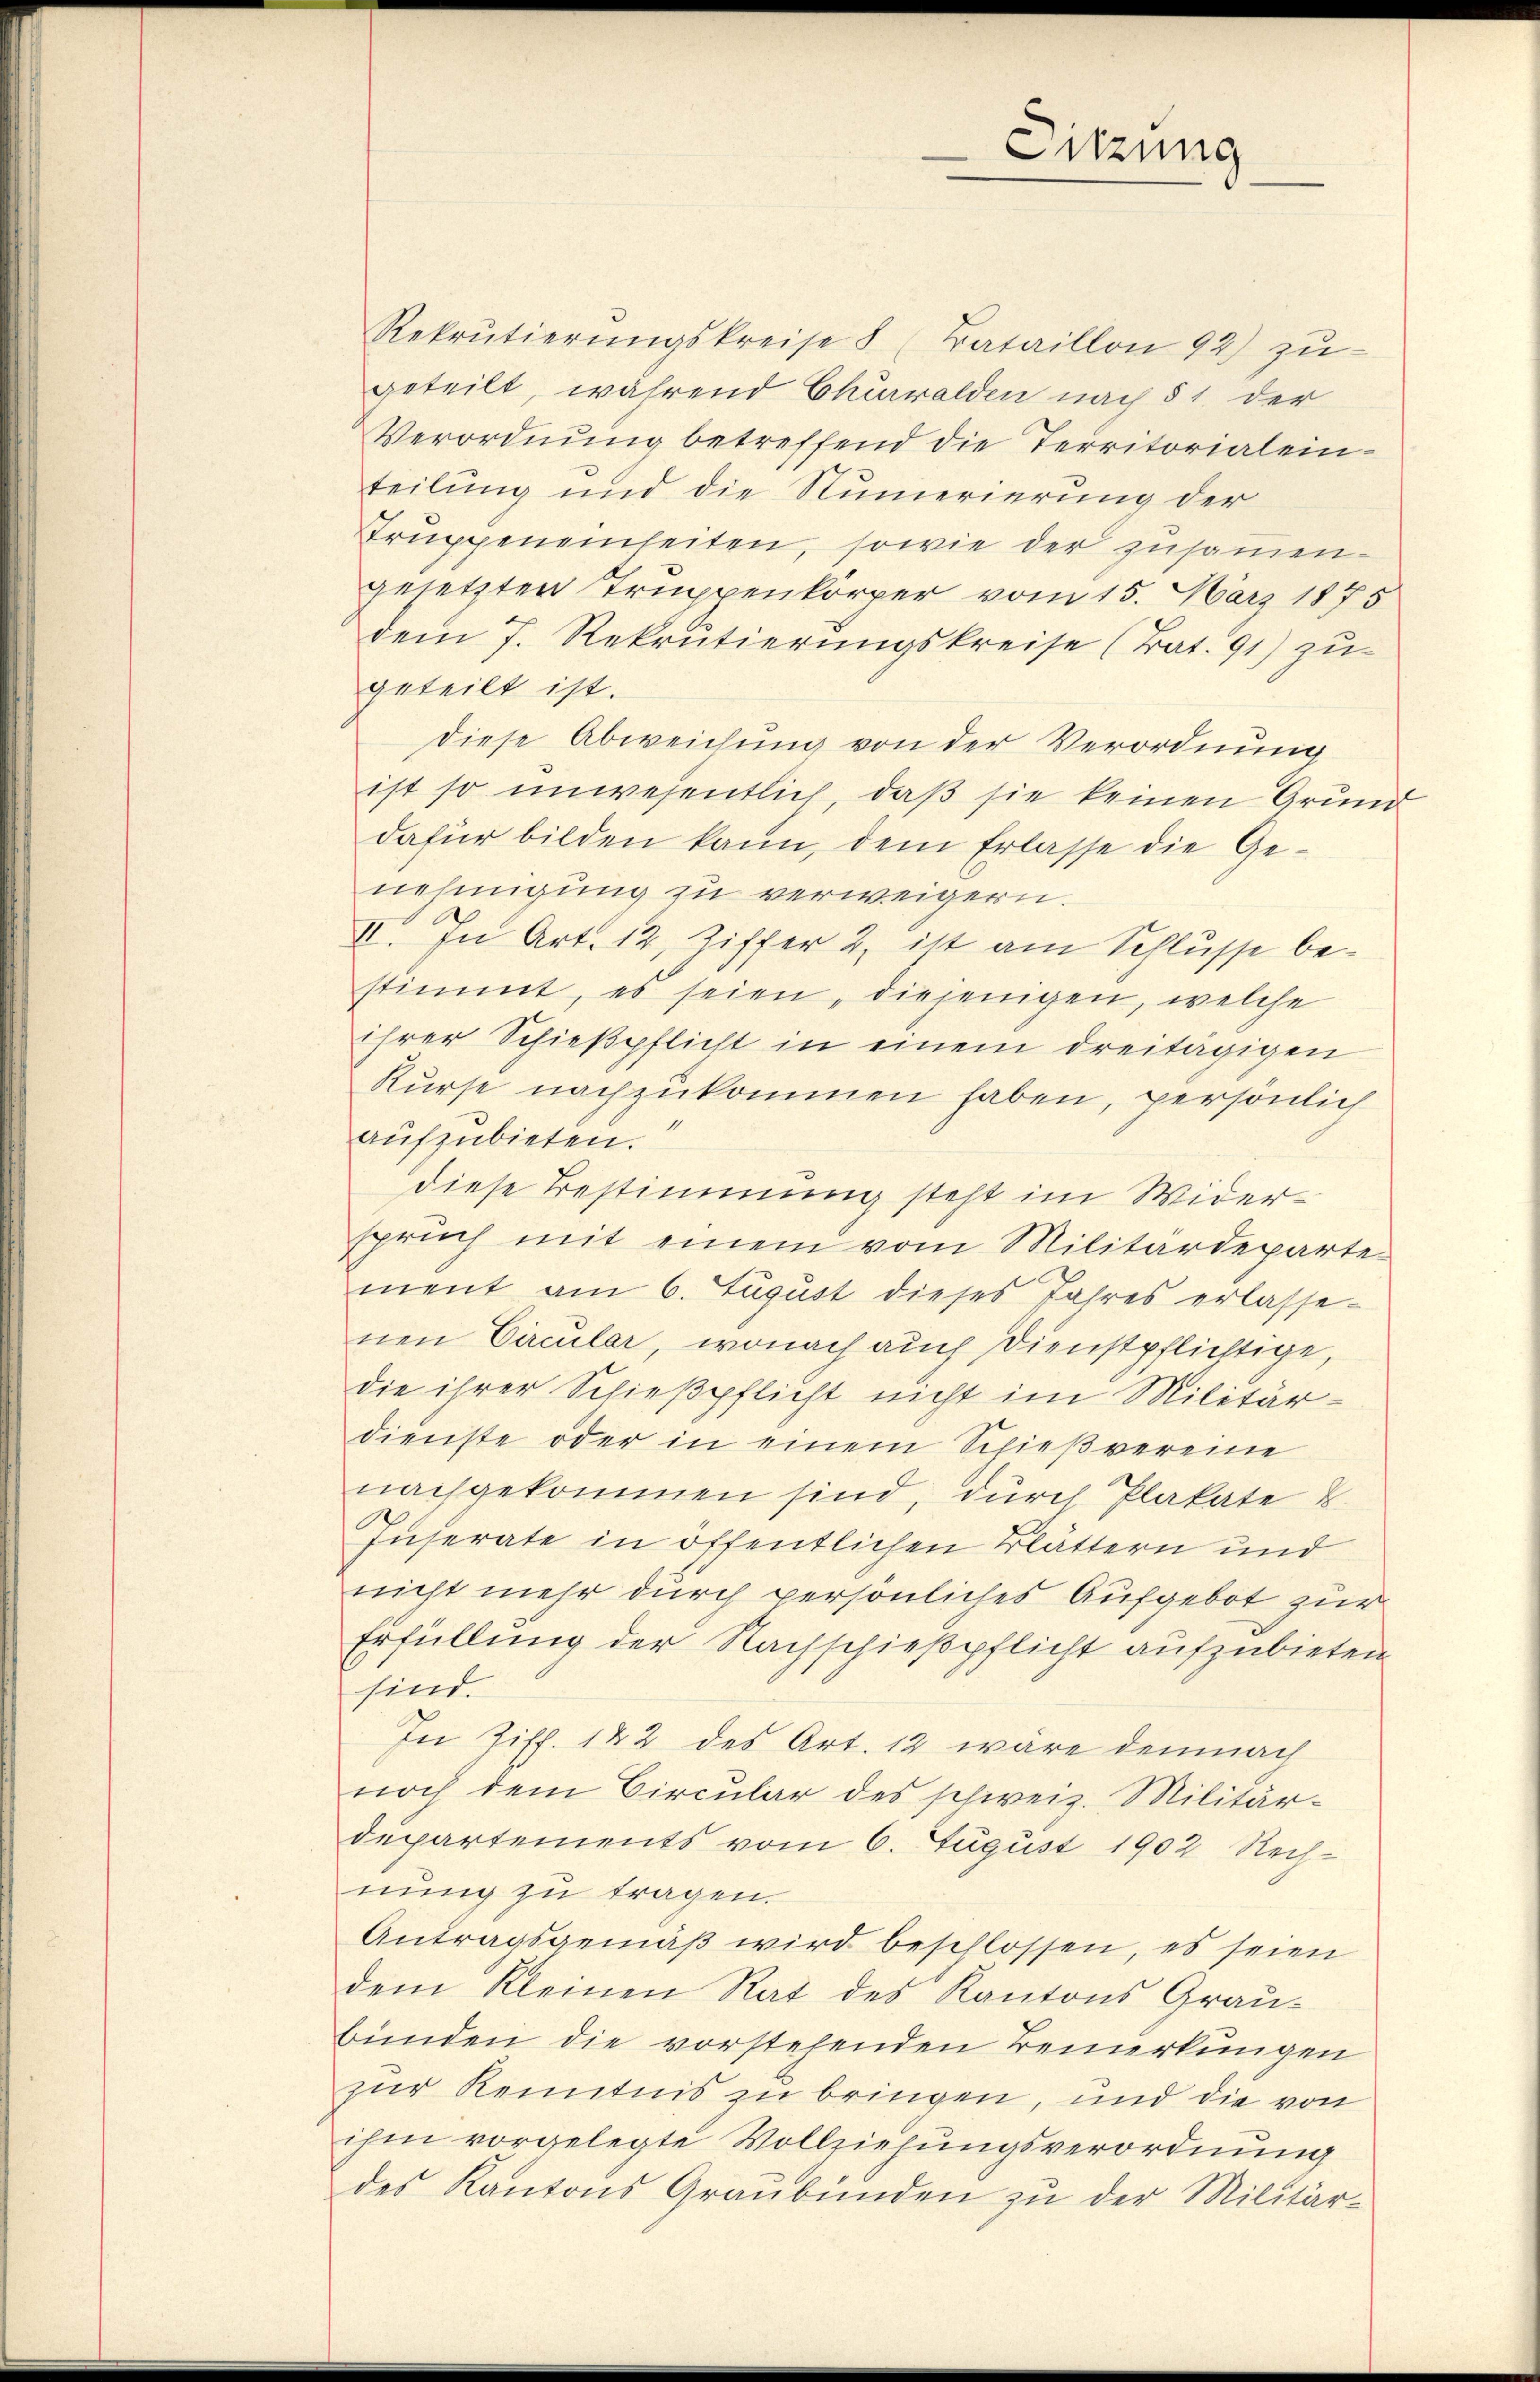
Rekrutierŭngskreise 8 (Tataillon 92) zu
geteilt, während Churwalden nach § 1 der
Verordnung betreffend die Territorialein-
teilung und die Numerierung der
Struppeneinheiten, sowie der zusammengesetzten Truppenkörper vom 15. März 1875
dem 7. Rekrutierŭngskreise (Tat. 91) zu-
geteilt ist.
diese Abweichung von der Verordnung
ist so unwesentlich, daß sie keinen Grund
dafür bilden kann, dem Erlasse die Ge-
nehmigung zu verweigern.
II. In Art. 12, Ziffer 2, ist am Schlusse bestimmt, es seien, diejenigen, welche
ihrer Schießpflicht in einem dreitägigen
Kurse nachzukommen haben, persönlich
aufzubieten.
diese Bestimmung steht im Widerspruch mit einem vom Militärdeparte
ment am 6. August dieses Jahres erlassenen Circular, wonach auch Dienstpflichtige,
die ihrer Schießpflicht nicht im Militärdienste oder in einem Schießvereine
nachgekommen sind, durch Plakate 8
Inserate in öffentlichen Blättern und
nicht mehr durch persönliches Aufgebot zur
Erfüllung der Nachschießpflicht aufzubieten
sind.
In Ziff. 142 des Art. 12 wäre demnach
noch dem Circular des schweiz. Militär-
departements vom 6. August 1902 Rechnung zu tragen.
Antragsgemäβ wird beschlossen, es seien
dem Kleinen Rat des Kantons Grau-
bünden die vorstehenden Bemerkungen
zur Kenntnis zu bringen, und die von
ihm vorgelegte Vollziehungsverordnung
des Kantons Graubünden zu der Militär¬

6

Sitzung